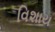
વિશાય